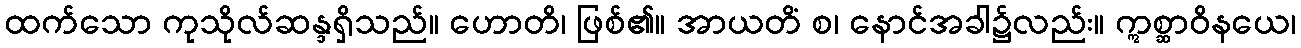
ထက်သော ကုသိုလ်ဆန္ဒရှိသည်။ ဟောတိ၊ ဖြစ်၏။ အာယတိံ စ၊ နောင်အခါ၌လည်း။ ဣစ္ဆာဝိနယေ၊